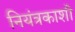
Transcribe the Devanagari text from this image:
नियंत्रकाशी